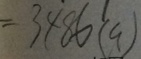
= 3 4 8 6 ( a )